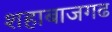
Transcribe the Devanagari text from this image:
शहाबाजगढ